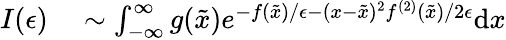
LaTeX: \begin{array}{rl}{I(\epsilon)}&{{}\sim\int_{-\infty}^{\infty}g(\tilde{x})e^{-f(\tilde{x})/\epsilon-(x-\tilde{x})^{2}f^{(2)}(\tilde{x})/2\epsilon}\mathrm{d}x}\end{array}